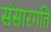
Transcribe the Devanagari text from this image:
संसारगति